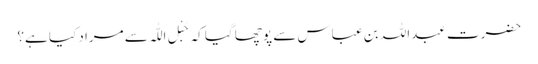
حضرت عبداللہ بن عباس سے پوچھا گیا کہ حَبْلِ اللّٰہ سے مراد کیا ہے؟